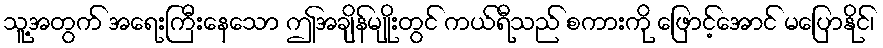
သူ့အတွက် အရေးကြီးနေသော ဤအချိန်မျိုးတွင် ကယ်ရီသည် စကားကို ဖြောင့်အောင် မပြောနိုင်၊